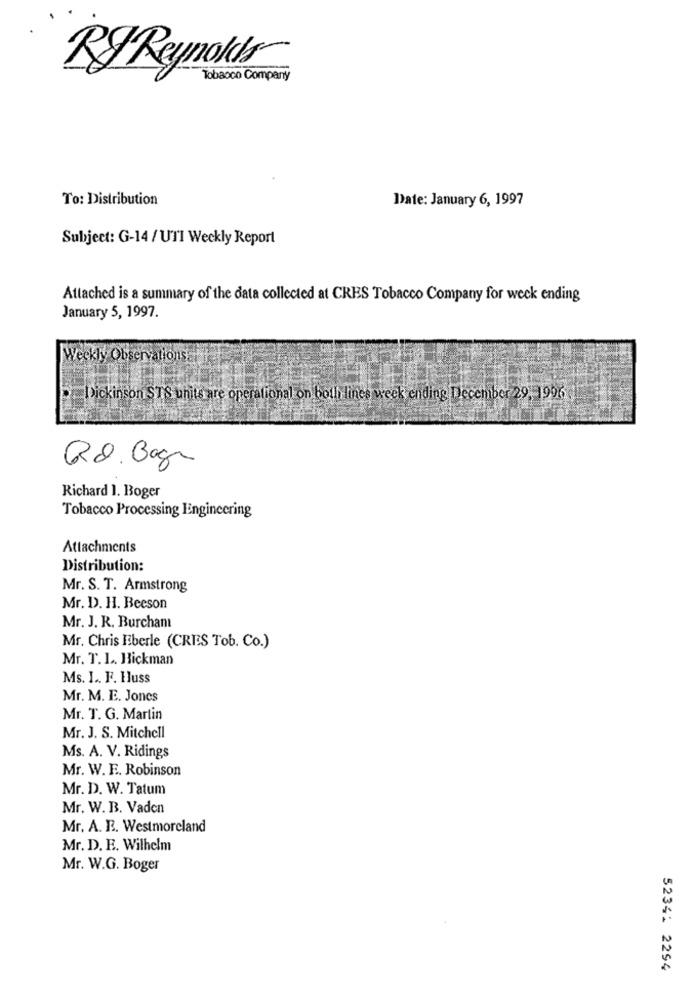
RJ Reynolds
Tobacco Company
To: Distribution
Date: January 6, 1997
Subject: G-14 / UTI Weekly Report
Attached is a summary of the data collected at CRES Tobacco Company for weck ending
January 5, 1997.
Weekly Observationsa
Dickinson STS units are operational on both lines week ending December 29, 1996
Rd. Bage
Richard 1. Boger
Tobacco Processing Engineering
Attachments
Distribution:
Mr. S. T. Armstrong
Mr. D. H. Beeson
Mr. J. R. Burchanı
Mr. Chris Eberle (CRES Tob. Co.)
Mr. T. L. Hickman
Ms. I .. F. Huss
Mr. M. E. Jones
Mr. T. G. Martin
Mr. J. S. Mitchell
Ms. A. V. Ridings
Mr. W. E. Robinson
Mr. D. W. Tatum
Mr. W. B. Vaden
Mr. A. R. Westmoreland
Mr. D. E. Wilhelm
Mr. W.G. Boger
52341 2294